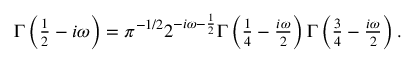
\begin{array} { r } { \Gamma \left( \frac { 1 } { 2 } - i \omega \right) = \pi ^ { - 1 / 2 } 2 ^ { - i \omega - \frac { 1 } { 2 } } \Gamma \left( \frac { 1 } { 4 } - \frac { i \omega } { 2 } \right) \Gamma \left( \frac { 3 } { 4 } - \frac { i \omega } { 2 } \right) . } \end{array}